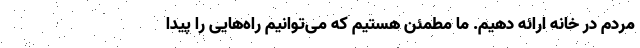
مردم در خانه ارائه دهیم. ما مطمئن هستیم که می‌توانیم راه‌هایی را پیدا